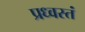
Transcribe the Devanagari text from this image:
प्रध्वस्तं